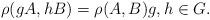
LaTeX: \begin{align*}\rho(gA,hB)=\rho(A,B)g, h\in G.\end{align*}